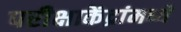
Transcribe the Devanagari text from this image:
परीक्षाकेंद्रांमध्ये